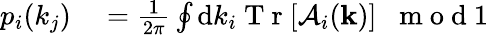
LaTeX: \begin{array}{rl}{p_{i}(k_{j})}&{{}=\frac{1}{2\pi}\oint\mathrm{d}k_{i}\mathrm{~T~r~}[\mathcal{A}_{i}({\mathbf k})]\; \; \mathrm{~m~o~d~1~}}\end{array}